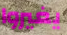
يغيروا